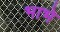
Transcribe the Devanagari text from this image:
भाभे